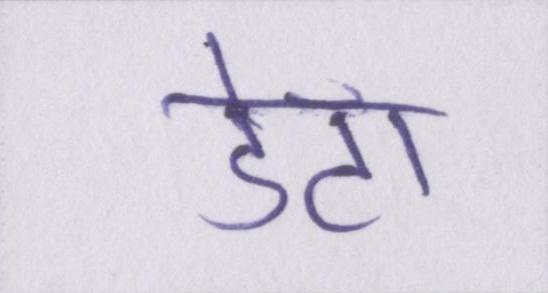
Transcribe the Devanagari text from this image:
डेटा